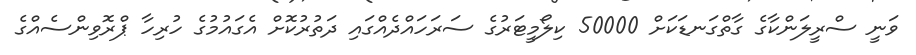
ވަނީ ސްރީލަންކާގެ ގާތްގަނޑަކަށް 50000 ކިލޯމީޓަރުގެ ސަރަހައްދެއްގައި ދަތުރުކޮށް އެގައުމުގެ ހުރިހާ ޕްރޮވިންސެއްގެ